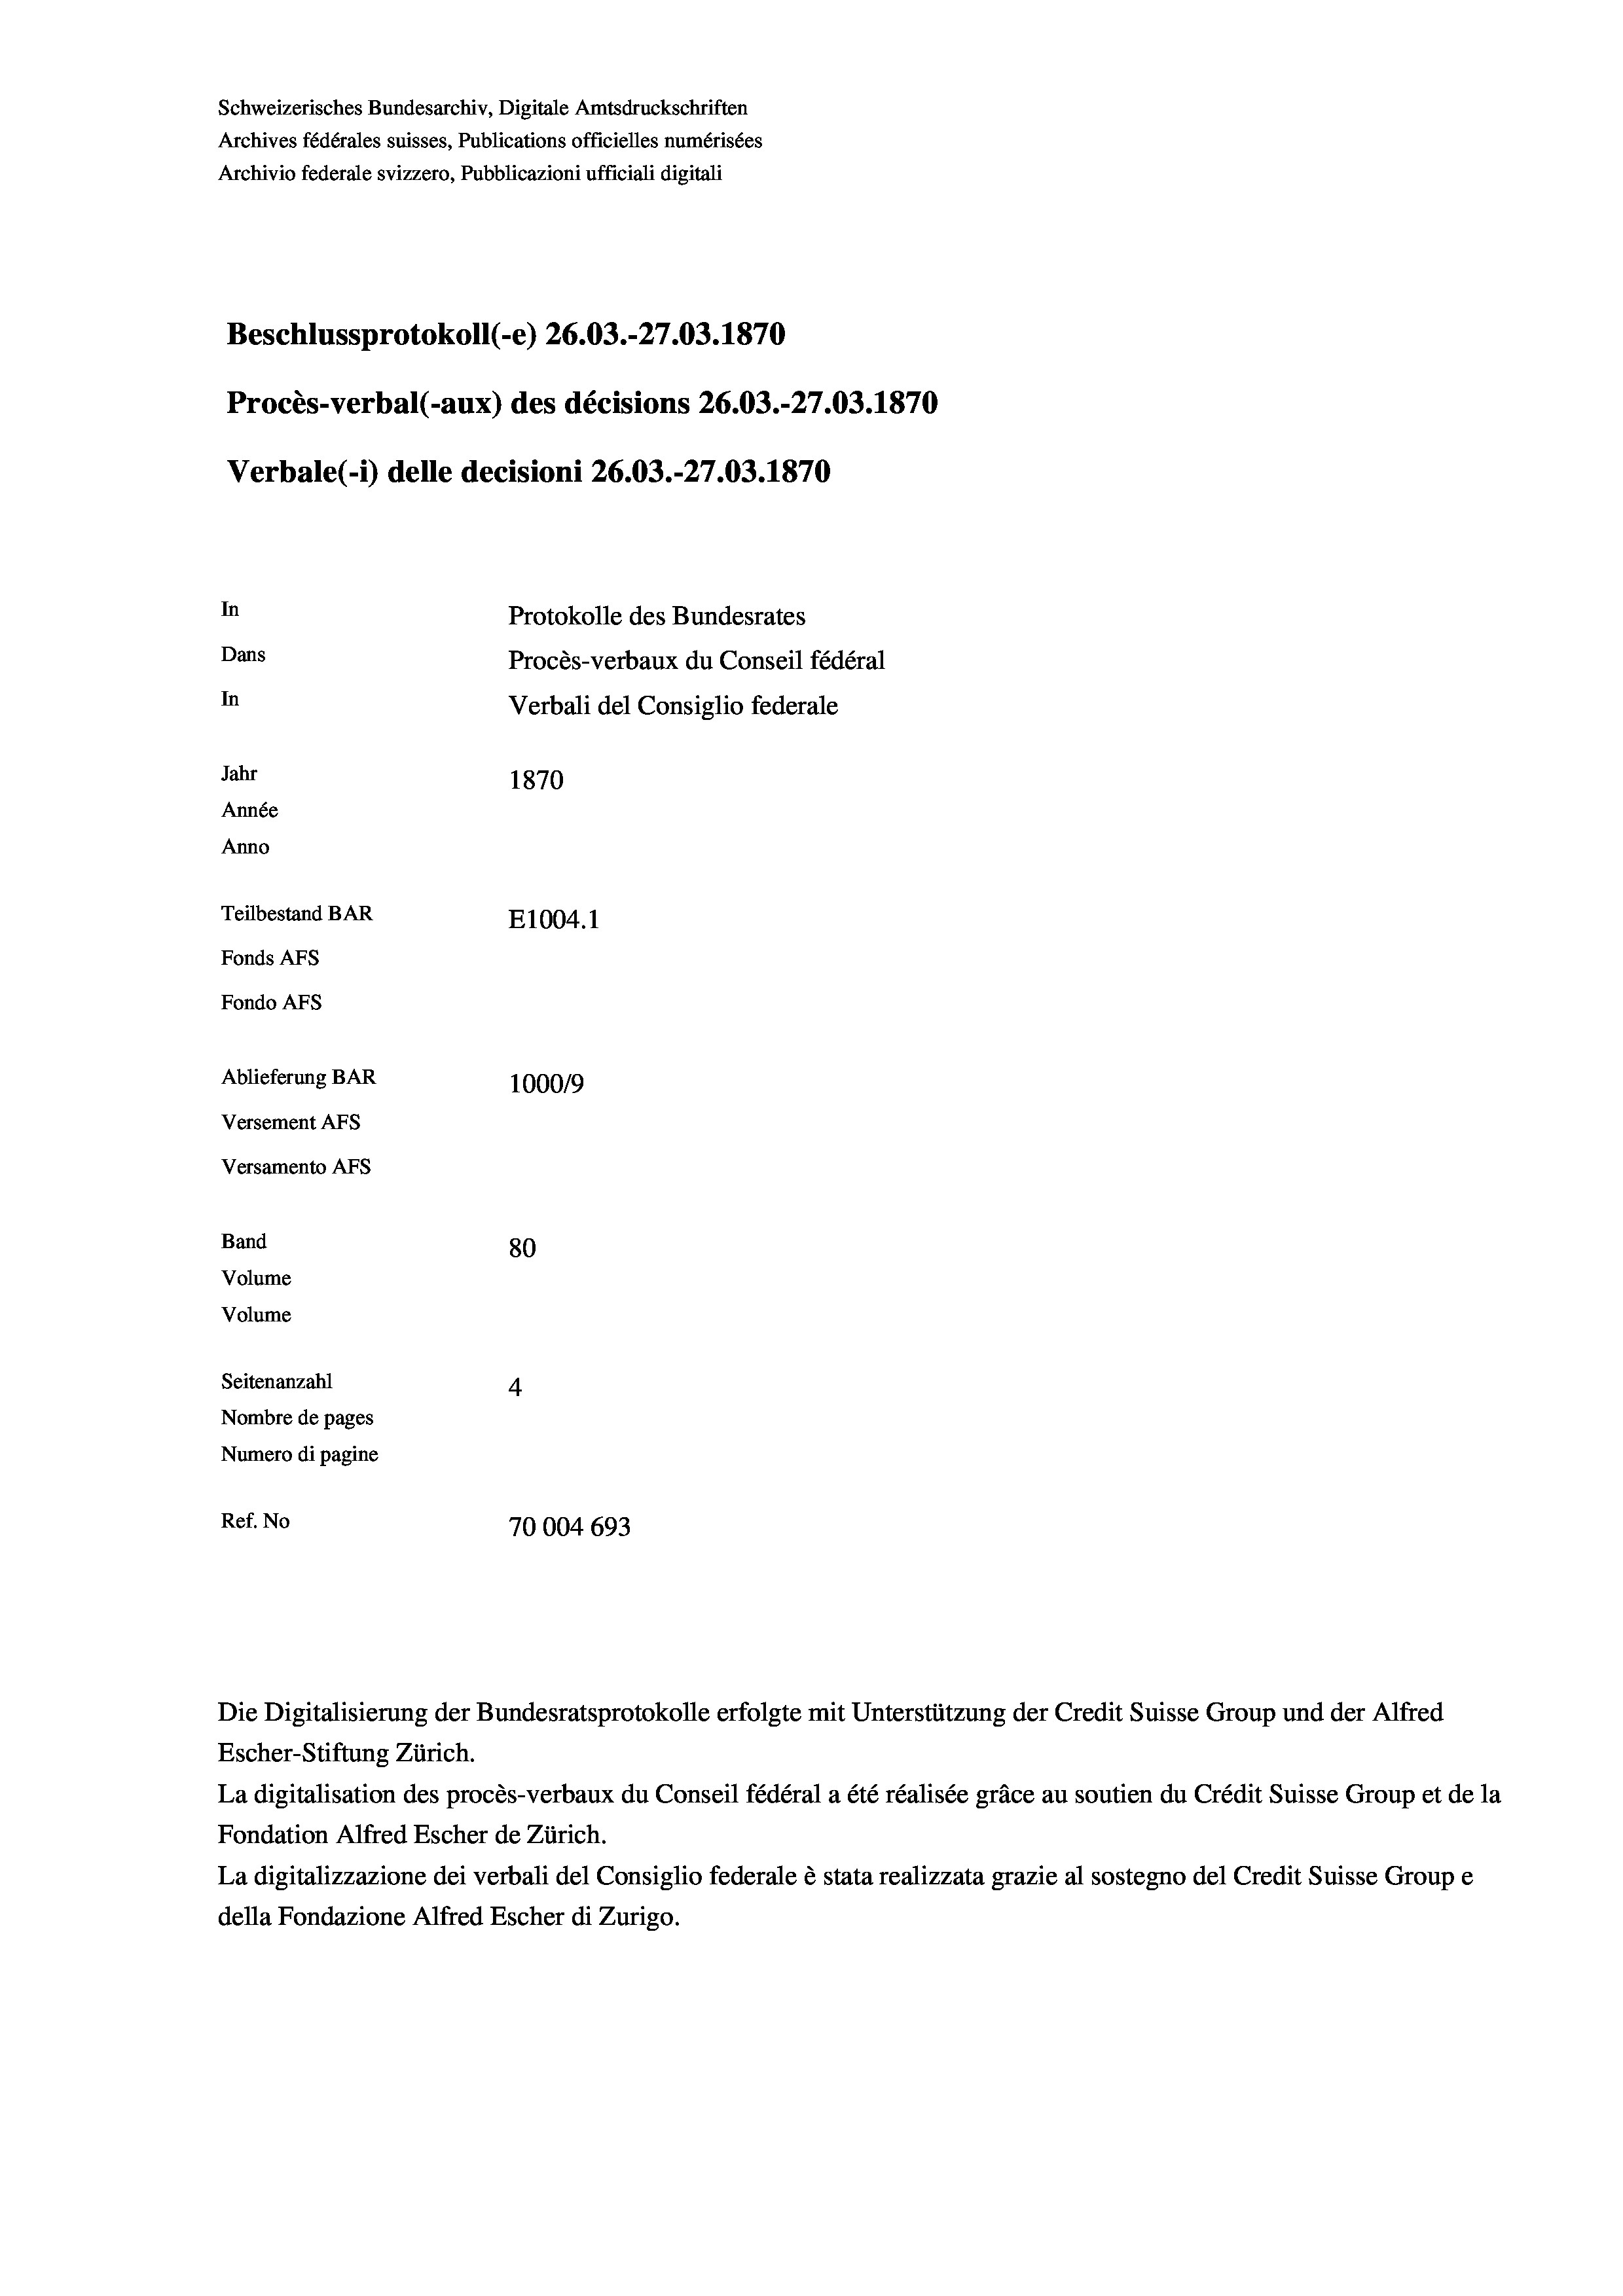
Schweizerisches Bundesarchiv, Digitale Amtsdruckschriften
Archives fédérales suisses, Publications officielles numérisées
Archivio federale svizzero, Pubblicazioni ufficiali digitali
Beschlussprotokoll (-e) 26.03.-27.03. 1870
Procès-verbal (-aux) des décisions 26.03.-27.03. 1870
Verbale (- 1) delle decisioni 26.03.-27.03. 1870
In
Protokolle des Bundesrates
Dans
Procès-verbaux du Conseil fédéral
In
Verbali del Consiglio federale
Jahr
1870
Année
Anno
Teilbestand BAR
E1004. 1
Fonds AFs
Fondo AFs
Ablieferung BAR
100019
Versement AFs
Versamento Afs
Band
80
Volume
Volume
Seitenanzahl
4

Nombre de pages
Numero di pagine
Ref. No
70004 693

Escher-Stiftung Zürich.
La digitalisation des procès-verbaux du Conseil fédéral a été réalisée gräce au soutien du Crédit Suisse Group et de la
Fondation Alfred Escher de Zürich.
La digitalizzazione dei verbali del Consiglio federale è stata realizzata grazie al sostegno del Credit Suisse Groupe
della Fondazione Alfred Escher di Zurigo.

Die Digitalisierung der Bundesratsprotokolle erfolgte mit Unterstützung der Credit Suisse Group und der Alfred